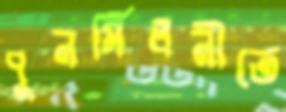
পুনর্মিলনীতে